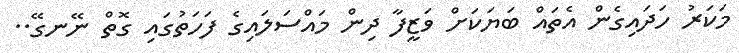
މަކަރު ހަދައިގެން އެތައް ބަޔަކަށް ވަޒީފާ ދިން މައްސަަލައިގެ ފަހަތުގައި ގޮތް ނޭނގޭ..